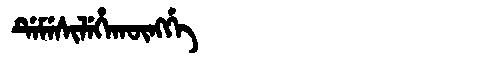
Manchu: ᡩᡝᠮᡝᠰᡳᠯᡝᡥᠠᡴᡡᠩᡤᡝ
Romanization: DEMESILEHAKŪNGGE